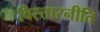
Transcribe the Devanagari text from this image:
विस्तारनीति